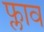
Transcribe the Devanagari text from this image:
फ्लाव